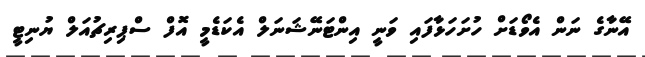
އޭނާގެ ނަން އެވޯޑަށް ހުށަހަޅާފައި ވަނީ އިންޓަނޭޝަނަލް އެކަޑެމީ އޮފް ސްޕިރިޗުއަލް ޔުނިޓީ